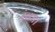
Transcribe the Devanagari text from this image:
रंका।